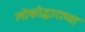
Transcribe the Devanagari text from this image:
लोकोद्धाराच्या